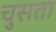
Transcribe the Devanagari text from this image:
चुसता